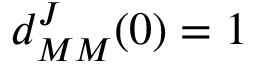
d _ { M M } ^ { J } ( 0 ) = 1